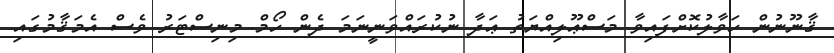
ޤާނޫނުން ހަވާލުކޮށްފައިވާ މަސްޢޫލިއްޔަތު ޢަދާ ނުކުރައްވަނީނަމަ ދެން ހޯމް މިނިސްޓަރު ވެސް އެމަޤާމުގައި